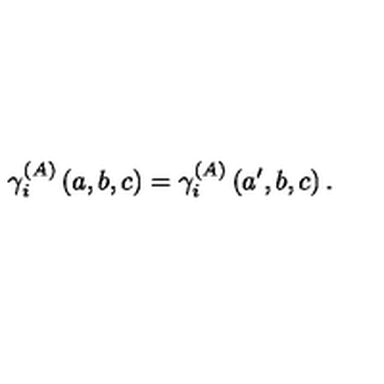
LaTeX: \gamma _ { i } ^ { \left( A \right) } \left( a , b , c \right) = \gamma _ { i } ^ { \left( A \right) } \left( a ^ { \prime } , b , c \right) .